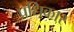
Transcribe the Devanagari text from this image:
प्रधिकार